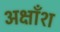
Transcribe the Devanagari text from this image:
अक्षाँश